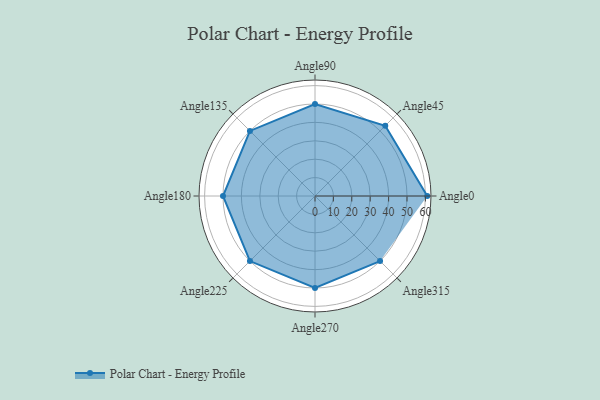
{"axis": {"x": "Angle", "y": "Radius"}, "legend": [""], "data": [{"x": "Angle0", "y": 61.0, "type": ""}, {"x": "Angle45", "y": 54.0, "type": ""}, {"x": "Angle90", "y": 50.0, "type": ""}, {"x": "Angle135", "y": 50, "type": ""}, {"x": "Angle180", "y": 50, "type": ""}, {"x": "Angle225", "y": 50, "type": ""}, {"x": "Angle270", "y": 50, "type": ""}, {"x": "Angle315", "y": 50, "type": ""}]}